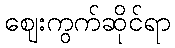
ဈေးကွက်ဆိုင်ရာ